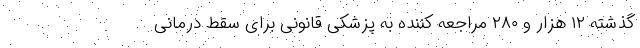
گذشته ۱۲ هزار و ۲۸۰ مراجعه کننده به پزشکی قانونی برای سقط درمانی